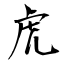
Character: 虎